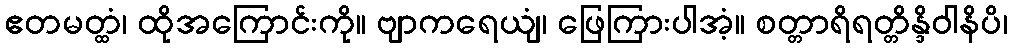
ဧတမတ္ထံ၊ ထိုအကြောင်းကို။ ဗျာကရေယျံ၊ ဖြေကြားပါအံ့။ စတ္တာရိရတ္တိန္ဒိဝါနိပိ၊